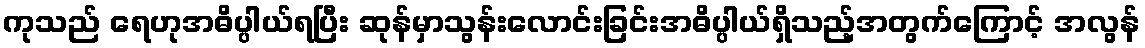
ကုသည် ရေဟုအဓိပ္ပါယ်ရပြီး ဆုန်မှာသွန်းလောင်းခြင်းအဓိပ္ပါယ်ရှိသည့်အတွက်ကြောင့် အလွန်